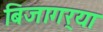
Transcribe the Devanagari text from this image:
बिजागर्‍या